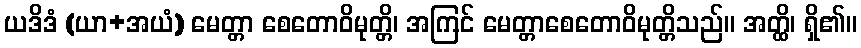
ယဒိဒံ (ယာ+အယံ) မေတ္တာ စေတောဝိမုတ္တိ၊ အကြင် မေတ္တာစေတောဝိမုတ္တိသည်။ အတ္ထိ၊ ရှိ၏။